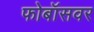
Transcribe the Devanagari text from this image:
फोबॉसवर